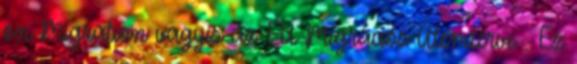
on Migration vagyis az EU Migrációs Ütemterve . Ez